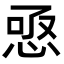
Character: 𢚣